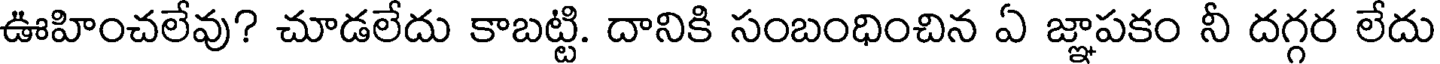
ఊహించలేవు? చూడలేదు కాబట్టి. దానికి సంబంధించిన ఏ జ్ఞాపకం నీ దగ్గర లేదు